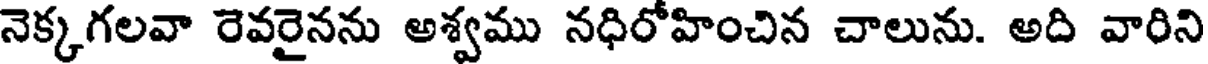
నెక్కగలవా రెవరైనను అశ్వము నధిరోహించిన చాలును. అది వారిని